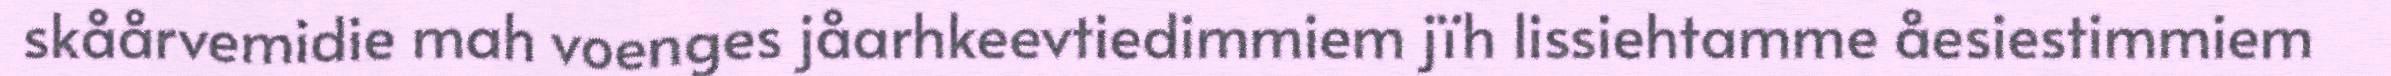
skåårvemidie mah voenges jåarhkeevtiedimmiem jïh lissiehtamme åesiestimmiem